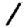
Digit: 1